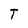
Character: T